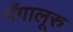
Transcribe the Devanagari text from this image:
मँगालूरु